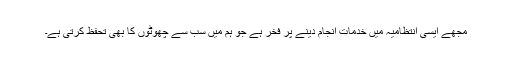
مجھے ایسی انتظامیہ میں خدمات انجام دینے پر فخر ہے جو ہم میں سب سے چھوٹوں کا بھی تحفظ کرتی ہے۔